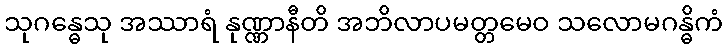
သုဂန္ဓေသု အဿာရံ နုဏ္ဏာနီတိ အဘိလာပမတ္တမေဝ သလောမဂန္ဓိကံ